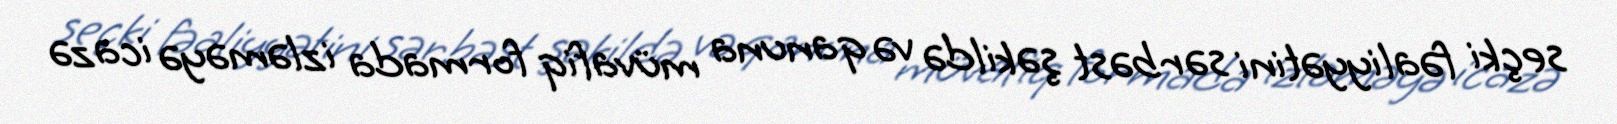
seçki fəaliyyətini sərbəst şəkildə və qanuna müvafiq formada izləməyə icazə